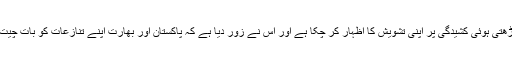
امریکہ دونوں ہمسایہ ایٹمی قوتوں کے درمیان سرحد پر پیش آنے والے واقعات اور بڑھتی ہوئی کشیدگی پر اپنی تشویش کا اظہار کر چکا ہے اور اس نے زور دیا ہے کہ پاکستان اور بھارت اپنے تنازعات کو بات چیت کے ذریعے حل کریں جو کہ خطے میں امن و استحکام کے لیے بہت ضروری ہے۔